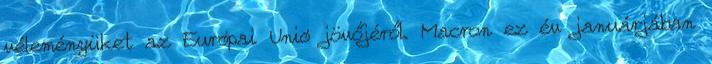
véleményüket az Európai Unió jövőjéről. Macron ez év januárjában